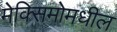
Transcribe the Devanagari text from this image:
मेक्सिमोमधील